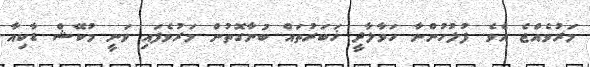
މަރުވެއްޖެ އެވެ. ފުލުހުންނާ ހަވާލާދީ ޚަބަރުތައް ބުނާގޮތުން މަރުވެފައި ވަނީ މުކޭޝް ޑާކިއާ